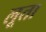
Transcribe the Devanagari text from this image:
लूता